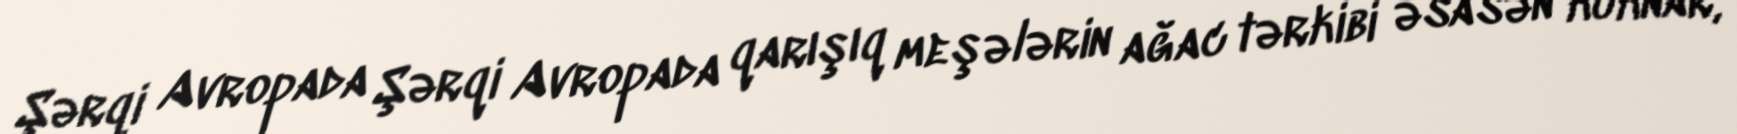
Şərqi Avropada Şərqi Avropada qarışıq meşələrin ağac tərkibi əsasən küknar,